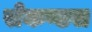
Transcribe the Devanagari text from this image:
सेकण्डस